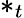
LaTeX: *_{t}